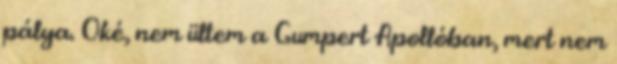
pálya. Oké, nem ültem a Gumpert Apollóban, mert nem